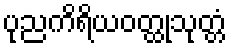
ပုညကိရိယဝတ္ထုသုတ္တံ